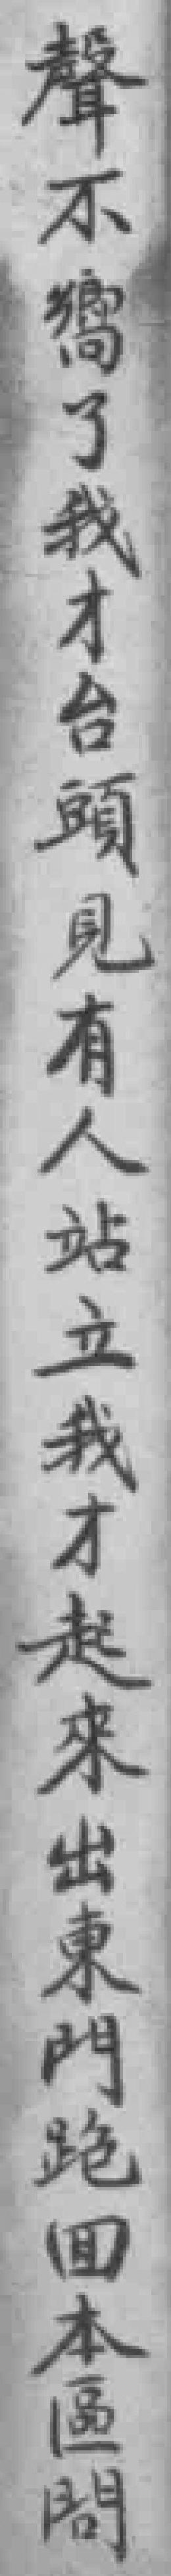
聲不嚮了我才台頭見有人站立我才起來出東門跑回本區問